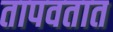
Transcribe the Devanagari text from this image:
तापवतात